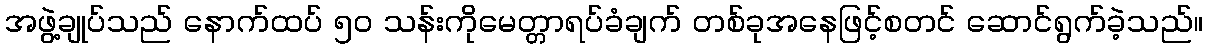
အဖွဲ့ချုပ်သည် နောက်ထပ် ၅၀ သန်းကိုမေတ္တာရပ်ခံချက် တစ်ခုအနေဖြင့်စတင် ဆောင်ရွက်ခဲ့သည်။